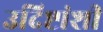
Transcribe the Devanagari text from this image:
उदिष्टांशी